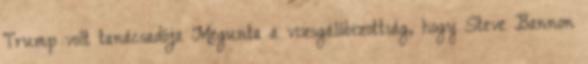
Trump volt tanácsadója Megunta a vizsgálóbizottság, hogy Steve Bannon